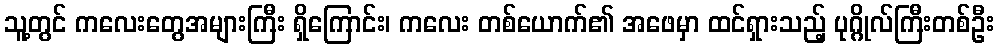
သူ့တွင် ကလေးတွေအများကြီး ရှိကြောင်း၊ ကလေး တစ်ယောက်၏ အဖေမှာ ထင်ရှားသည့် ပုဂ္ဂိုလ်ကြီးတစ်ဦး